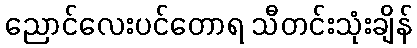
ညောင်လေးပင်တောရ သီတင်းသုံးချိန်